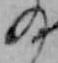
の